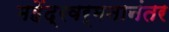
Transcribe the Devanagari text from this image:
महेंद्रवर्मनानंतर